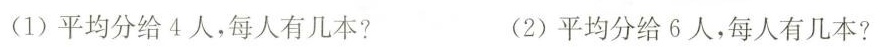
(1)平均分给4人，每人有几本? (2)平均分给6人，每人有几本?